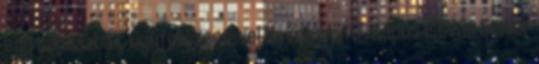
egy tapasztalt ügyfél szemével November 17. Kapus István Senior